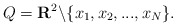
\begin{align*}Q={\bf R}^2\backslash \{x_1,x_2,...,x_N\}.\end{align*}